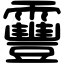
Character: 靊